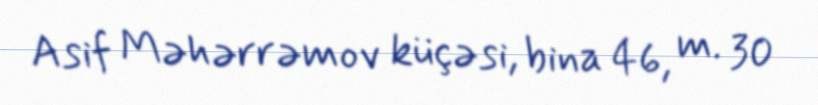
Asif Məhərrəmov küçəsi, bina 46, m. 30